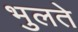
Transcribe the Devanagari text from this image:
भुलते